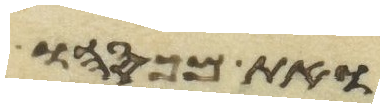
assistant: ואת מכסהו